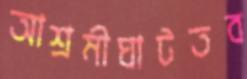
আশ্রমীঘাটতব